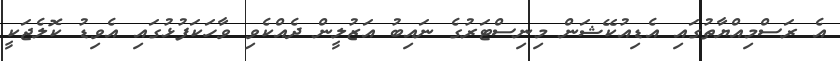
އެ ރަސްމިއްޔާތުގައި އެޑިއުކޭޝަން މިނިސްޓަރުގެ ނައިބު އަޒުލީން ދެއްކެވި ވާހަކަފުޅުގައި އެވިޑު ކޮލެޖަކީ